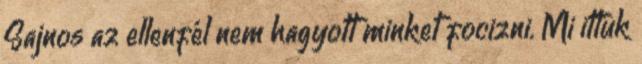
Sajnos az ellenfél nem hagyott minket focizni. Mi ittuk